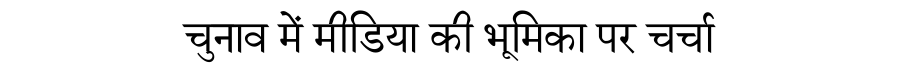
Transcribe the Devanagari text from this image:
चुनाव में मीडिया की भूमिका पर चर्चा